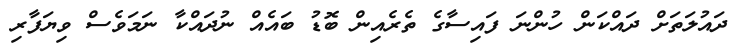
ދައުލަތަށް ދައްކަން ހުންނަ ފައިސާގެ ތެރެއިން ބޮޑު ބައެއް ނުދައްކާ ނަމަވެސް ވިޔަފާރި